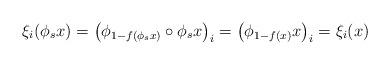
LaTeX: \begin{align*}\xi_i(\phi_sx)=\big(\phi_{1-f(\phi_sx)}\circ\phi_sx \big)_i=\big(\phi_{1-f(x)}x \big)_i=\xi_i(x)\end{align*}